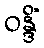
ဝန္ဒိံ